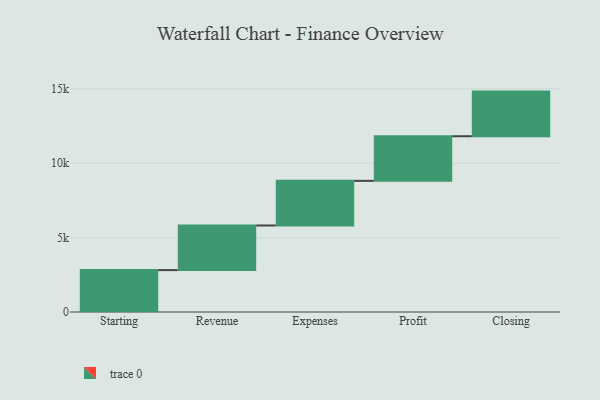
{"axis": {"x": "Step", "y": "Value"}, "legend": [""], "data": [{"x": "Starting", "y": 2816.0, "type": ""}, {"x": "Revenue", "y": 3000, "type": ""}, {"x": "Expenses", "y": 3000, "type": ""}, {"x": "Profit", "y": 3000, "type": ""}, {"x": "Closing", "y": 3000, "type": ""}]}